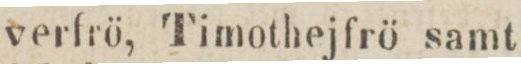
verfrö, Timothejfrö samt